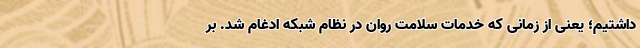
داشتیم؛ یعنی از زمانی که خدمات سلامت روان در نظام شبکه ادغام شد. بر